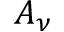
A _ { \nu }